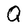
Character: Q